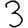
Digit: 3